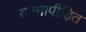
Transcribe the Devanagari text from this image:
यक्ष्मापीड़ित